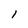
Character: l